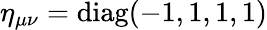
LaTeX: \eta_{\mu\nu}=\mathrm{diag}(-1,1,1,1)